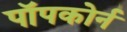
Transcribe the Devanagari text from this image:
पॉपकोर्न